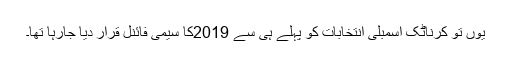
یوں تو کرناٹک اسمبلی انتخابات کو پہلے ہی سے 2019کا سیمی فائنل قرار دیا جارہا تھا۔